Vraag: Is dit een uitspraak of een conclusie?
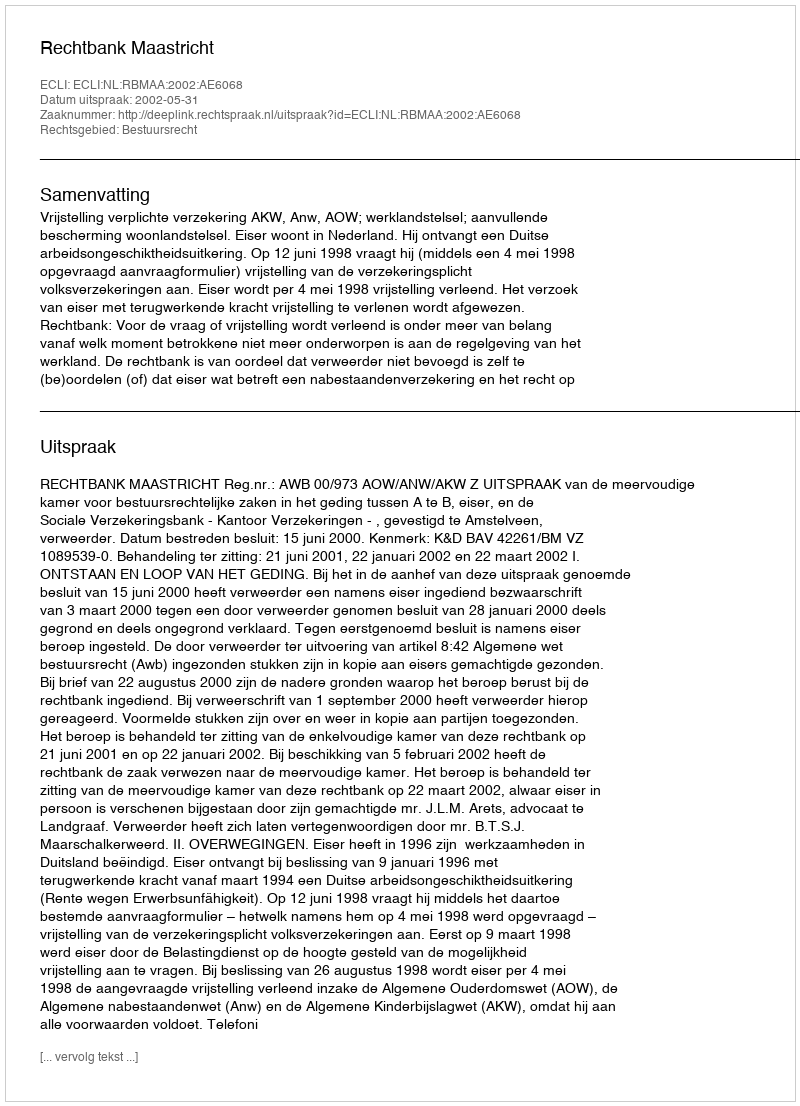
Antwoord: Uitspraak